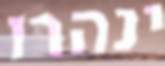
ינהרו